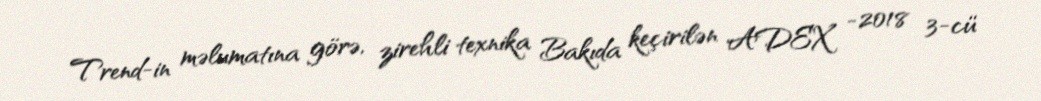
Trend-in məlumatına görə, zirehli texnika Bakıda keçirilən ADEX -2018 3-cü